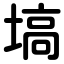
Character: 塙